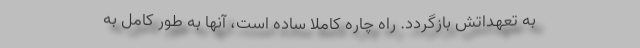
به تعهداتش بازگردد. راه چاره کاملاً ساده است، آنها به طور کامل به